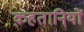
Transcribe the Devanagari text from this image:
क़हतानियों